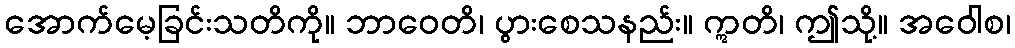
အောက်မေ့ခြင်းသတိကို။ ဘာဝေတိ၊ ပွားစေသနည်း။ ဣတိ၊ ဤသို့။ အဝေါစ၊